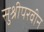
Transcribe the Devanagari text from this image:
सुश्रीपरवीन